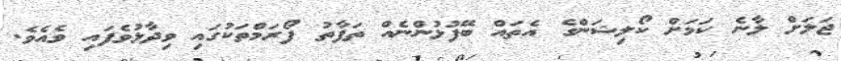
ޖަލަށް ލާނެ ކަމަށް ކޯލިޝަންގެ އެތައް ބޭފުޅުންނެއް ތަފާތު ފޯރަމްތަކުގައި ވިދާޅުވެފައި ވެއެވެ.